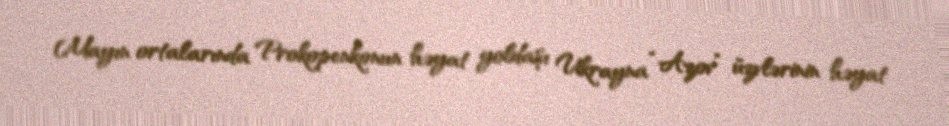
Mayın ortalarında Prokopenkonun həyat yoldaşı Ukrayna “Azov” üzvlərinin həyat